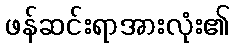
ဖန်ဆင်းရာအားလုံး၏